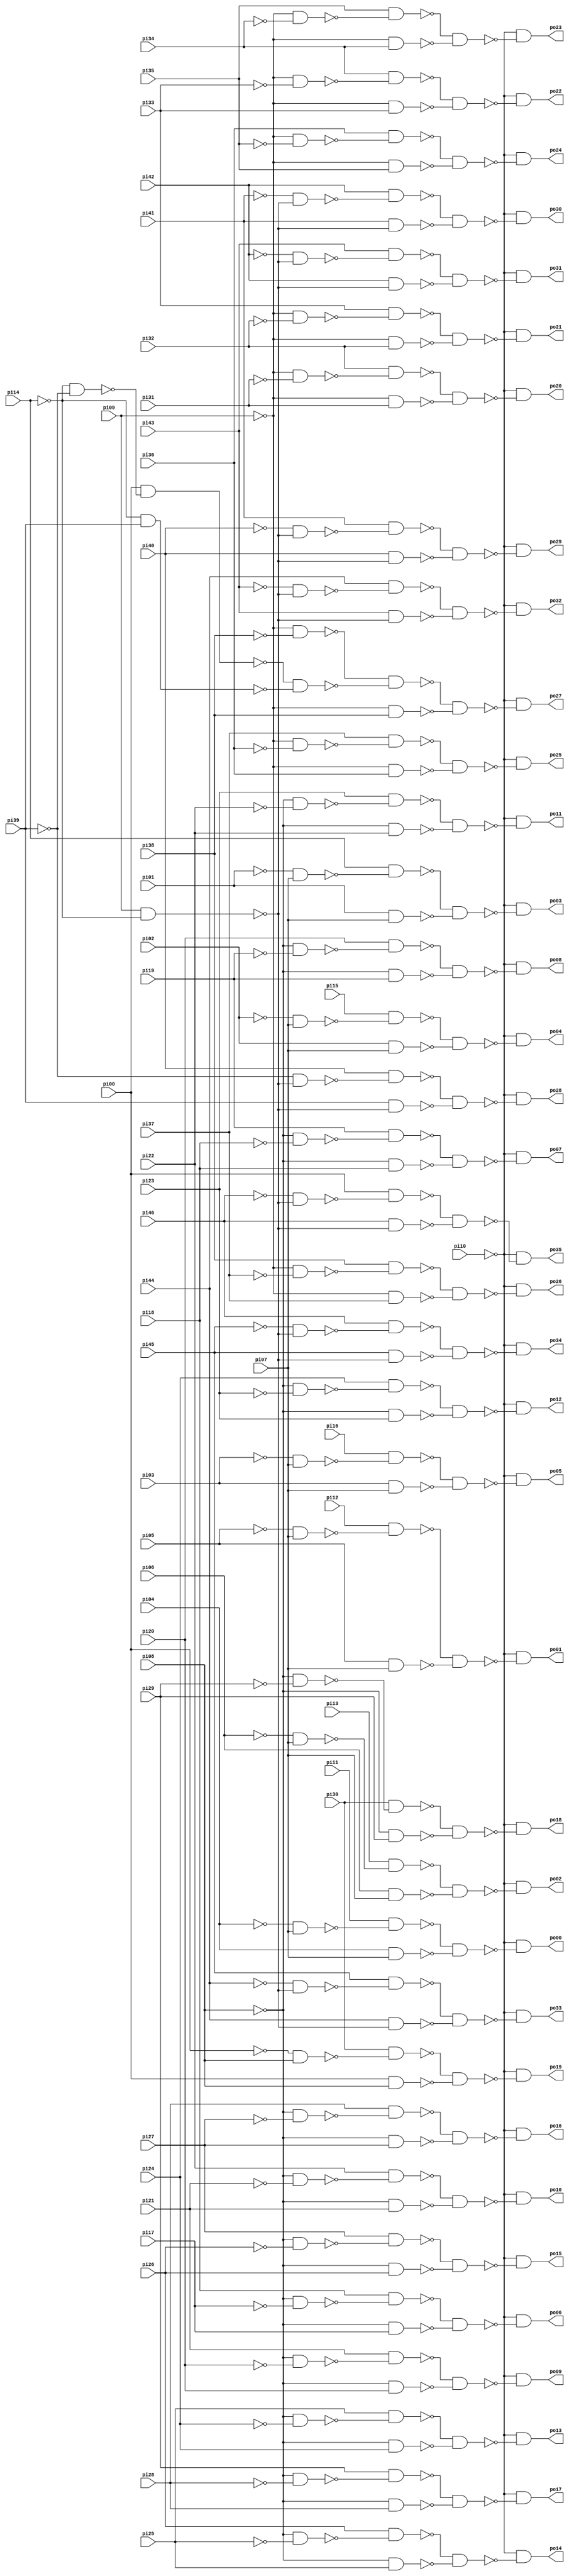
// Benchmark "cht" written by ABC on Sun Apr 22 21:43:00 2018

module cht ( 
    pi00, pi01, pi02, pi03, pi04, pi05, pi06, pi07, pi08, pi09, pi10, pi11,
    pi12, pi13, pi14, pi15, pi16, pi17, pi18, pi19, pi20, pi21, pi22, pi23,
    pi24, pi25, pi26, pi27, pi28, pi29, pi30, pi31, pi32, pi33, pi34, pi35,
    pi36, pi37, pi38, pi39, pi40, pi41, pi42, pi43, pi44, pi45, pi46,
    po00, po01, po02, po03, po04, po05, po06, po07, po08, po09, po10, po11,
    po12, po13, po14, po15, po16, po17, po18, po19, po20, po21, po22, po23,
    po24, po25, po26, po27, po28, po29, po30, po31, po32, po33, po34, po35  );
  input  pi00, pi01, pi02, pi03, pi04, pi05, pi06, pi07, pi08, pi09,
    pi10, pi11, pi12, pi13, pi14, pi15, pi16, pi17, pi18, pi19, pi20, pi21,
    pi22, pi23, pi24, pi25, pi26, pi27, pi28, pi29, pi30, pi31, pi32, pi33,
    pi34, pi35, pi36, pi37, pi38, pi39, pi40, pi41, pi42, pi43, pi44, pi45,
    pi46;
  output po00, po01, po02, po03, po04, po05, po06, po07, po08, po09, po10,
    po11, po12, po13, po14, po15, po16, po17, po18, po19, po20, po21, po22,
    po23, po24, po25, po26, po27, po28, po29, po30, po31, po32, po33, po34,
    po35;
  wire n84, n85, n86, n87, n89, n90, n91, n92, n94, n95, n96, n97, n99, n100,
    n101, n102, n104, n105, n106, n107, n109, n110, n111, n112, n114, n115,
    n116, n117, n119, n120, n121, n122, n124, n125, n126, n127, n129, n130,
    n131, n132, n134, n135, n136, n137, n139, n140, n141, n142, n144, n145,
    n146, n147, n149, n150, n151, n152, n154, n155, n156, n157, n159, n160,
    n161, n162, n164, n165, n166, n167, n169, n170, n171, n172, n174, n175,
    n176, n177, n179, n180, n181, n182, n184, n185, n186, n187, n189, n190,
    n191, n192, n194, n195, n196, n197, n199, n200, n201, n202, n204, n205,
    n206, n207, n209, n210, n211, n212, n214, n215, n216, n217, n219, n220,
    n221, n222, n223, n224, n225, n226, n228, n229, n230, n231, n232, n234,
    n235, n236, n237, n239, n240, n241, n242, n244, n245, n246, n247, n249,
    n250, n251, n252, n254, n255, n256, n257, n259, n260, n261, n262, n264,
    n265, n266, n267;
  assign n84 = ~pi04 & pi07;
  assign n85 = pi11 & ~n84;
  assign n86 = pi04 & pi07;
  assign n87 = ~n85 & ~n86;
  assign po00 = ~pi10 & ~n87;
  assign n89 = ~pi05 & pi07;
  assign n90 = pi12 & ~n89;
  assign n91 = pi05 & pi07;
  assign n92 = ~n90 & ~n91;
  assign po01 = ~pi10 & ~n92;
  assign n94 = ~pi06 & pi07;
  assign n95 = pi13 & ~n94;
  assign n96 = pi06 & pi07;
  assign n97 = ~n95 & ~n96;
  assign po02 = ~pi10 & ~n97;
  assign n99 = ~pi01 & pi07;
  assign n100 = pi14 & ~n99;
  assign n101 = pi01 & pi07;
  assign n102 = ~n100 & ~n101;
  assign po03 = ~pi10 & ~n102;
  assign n104 = ~pi02 & pi07;
  assign n105 = pi15 & ~n104;
  assign n106 = pi02 & pi07;
  assign n107 = ~n105 & ~n106;
  assign po04 = ~pi10 & ~n107;
  assign n109 = ~pi03 & pi07;
  assign n110 = pi16 & ~n109;
  assign n111 = pi03 & pi07;
  assign n112 = ~n110 & ~n111;
  assign po05 = ~pi10 & ~n112;
  assign n114 = ~pi08 & ~pi17;
  assign n115 = pi18 & ~n114;
  assign n116 = ~pi08 & pi17;
  assign n117 = ~n115 & ~n116;
  assign po06 = ~pi10 & ~n117;
  assign n119 = ~pi08 & ~pi18;
  assign n120 = pi19 & ~n119;
  assign n121 = ~pi08 & pi18;
  assign n122 = ~n120 & ~n121;
  assign po07 = ~pi10 & ~n122;
  assign n124 = ~pi08 & ~pi19;
  assign n125 = pi20 & ~n124;
  assign n126 = ~pi08 & pi19;
  assign n127 = ~n125 & ~n126;
  assign po08 = ~pi10 & ~n127;
  assign n129 = ~pi08 & ~pi20;
  assign n130 = pi21 & ~n129;
  assign n131 = ~pi08 & pi20;
  assign n132 = ~n130 & ~n131;
  assign po09 = ~pi10 & ~n132;
  assign n134 = ~pi08 & ~pi21;
  assign n135 = pi22 & ~n134;
  assign n136 = ~pi08 & pi21;
  assign n137 = ~n135 & ~n136;
  assign po10 = ~pi10 & ~n137;
  assign n139 = ~pi08 & ~pi22;
  assign n140 = pi23 & ~n139;
  assign n141 = ~pi08 & pi22;
  assign n142 = ~n140 & ~n141;
  assign po11 = ~pi10 & ~n142;
  assign n144 = ~pi08 & ~pi23;
  assign n145 = pi24 & ~n144;
  assign n146 = ~pi08 & pi23;
  assign n147 = ~n145 & ~n146;
  assign po12 = ~pi10 & ~n147;
  assign n149 = ~pi08 & ~pi24;
  assign n150 = pi25 & ~n149;
  assign n151 = ~pi08 & pi24;
  assign n152 = ~n150 & ~n151;
  assign po13 = ~pi10 & ~n152;
  assign n154 = ~pi08 & ~pi25;
  assign n155 = pi26 & ~n154;
  assign n156 = ~pi08 & pi25;
  assign n157 = ~n155 & ~n156;
  assign po14 = ~pi10 & ~n157;
  assign n159 = ~pi08 & ~pi26;
  assign n160 = pi27 & ~n159;
  assign n161 = ~pi08 & pi26;
  assign n162 = ~n160 & ~n161;
  assign po15 = ~pi10 & ~n162;
  assign n164 = ~pi08 & ~pi27;
  assign n165 = pi28 & ~n164;
  assign n166 = ~pi08 & pi27;
  assign n167 = ~n165 & ~n166;
  assign po16 = ~pi10 & ~n167;
  assign n169 = ~pi08 & ~pi28;
  assign n170 = pi29 & ~n169;
  assign n171 = ~pi08 & pi28;
  assign n172 = ~n170 & ~n171;
  assign po17 = ~pi10 & ~n172;
  assign n174 = ~pi08 & ~pi29;
  assign n175 = pi30 & ~n174;
  assign n176 = ~pi08 & pi29;
  assign n177 = ~n175 & ~n176;
  assign po18 = ~pi10 & ~n177;
  assign n179 = ~pi00 & pi08;
  assign n180 = pi30 & ~n179;
  assign n181 = pi00 & pi08;
  assign n182 = ~n180 & ~n181;
  assign po19 = ~pi10 & ~n182;
  assign n184 = ~pi09 & ~pi31;
  assign n185 = pi32 & ~n184;
  assign n186 = ~pi09 & pi31;
  assign n187 = ~n185 & ~n186;
  assign po20 = ~pi10 & ~n187;
  assign n189 = ~pi09 & ~pi32;
  assign n190 = pi33 & ~n189;
  assign n191 = ~pi09 & pi32;
  assign n192 = ~n190 & ~n191;
  assign po21 = ~pi10 & ~n192;
  assign n194 = ~pi09 & ~pi33;
  assign n195 = pi34 & ~n194;
  assign n196 = ~pi09 & pi33;
  assign n197 = ~n195 & ~n196;
  assign po22 = ~pi10 & ~n197;
  assign n199 = ~pi09 & ~pi34;
  assign n200 = pi35 & ~n199;
  assign n201 = ~pi09 & pi34;
  assign n202 = ~n200 & ~n201;
  assign po23 = ~pi10 & ~n202;
  assign n204 = ~pi09 & ~pi35;
  assign n205 = pi36 & ~n204;
  assign n206 = ~pi09 & pi35;
  assign n207 = ~n205 & ~n206;
  assign po24 = ~pi10 & ~n207;
  assign n209 = ~pi09 & ~pi36;
  assign n210 = pi37 & ~n209;
  assign n211 = ~pi09 & pi36;
  assign n212 = ~n210 & ~n211;
  assign po25 = ~pi10 & ~n212;
  assign n214 = ~pi09 & ~pi37;
  assign n215 = pi38 & ~n214;
  assign n216 = ~pi09 & pi37;
  assign n217 = ~n215 & ~n216;
  assign po26 = ~pi10 & ~n217;
  assign n219 = ~pi09 & ~pi38;
  assign n220 = ~pi14 & ~pi39;
  assign n221 = pi00 & ~n220;
  assign n222 = ~pi14 & pi39;
  assign n223 = ~n221 & ~n222;
  assign n224 = ~n219 & ~n223;
  assign n225 = ~pi09 & pi38;
  assign n226 = ~n224 & ~n225;
  assign po27 = ~pi10 & ~n226;
  assign n228 = pi09 & ~pi14;
  assign n229 = ~pi39 & ~n228;
  assign n230 = pi40 & ~n229;
  assign n231 = pi39 & ~n228;
  assign n232 = ~n230 & ~n231;
  assign po28 = ~pi10 & ~n232;
  assign n234 = ~pi40 & ~n228;
  assign n235 = pi41 & ~n234;
  assign n236 = pi40 & ~n228;
  assign n237 = ~n235 & ~n236;
  assign po29 = ~pi10 & ~n237;
  assign n239 = ~pi41 & ~n228;
  assign n240 = pi42 & ~n239;
  assign n241 = pi41 & ~n228;
  assign n242 = ~n240 & ~n241;
  assign po30 = ~pi10 & ~n242;
  assign n244 = ~pi42 & ~n228;
  assign n245 = pi43 & ~n244;
  assign n246 = pi42 & ~n228;
  assign n247 = ~n245 & ~n246;
  assign po31 = ~pi10 & ~n247;
  assign n249 = ~pi43 & ~n228;
  assign n250 = pi44 & ~n249;
  assign n251 = pi43 & ~n228;
  assign n252 = ~n250 & ~n251;
  assign po32 = ~pi10 & ~n252;
  assign n254 = ~pi44 & ~n228;
  assign n255 = pi45 & ~n254;
  assign n256 = pi44 & ~n228;
  assign n257 = ~n255 & ~n256;
  assign po33 = ~pi10 & ~n257;
  assign n259 = ~pi45 & ~n228;
  assign n260 = pi46 & ~n259;
  assign n261 = pi45 & ~n228;
  assign n262 = ~n260 & ~n261;
  assign po34 = ~pi10 & ~n262;
  assign n264 = ~pi46 & ~n228;
  assign n265 = pi00 & ~n264;
  assign n266 = pi46 & ~n228;
  assign n267 = ~n265 & ~n266;
  assign po35 = ~pi10 & ~n267;
endmodule